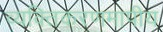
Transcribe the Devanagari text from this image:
व्यक्तिकरणमापीय